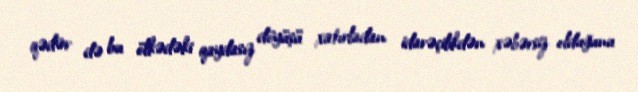
qədər də bu ölkədəki qaydasız döyüşü xatırladan idarəçilikdən xəbərsiz olduğunu